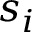
s _ { i }